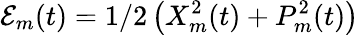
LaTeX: \mathcal{E}_{m}(t)=1/2\left(X_{m}^{2}(t)+P_{m}^{2}(t)\right)